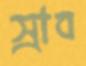
স্রাব